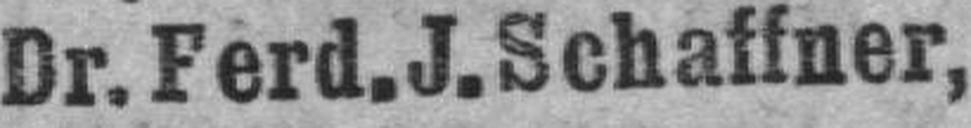
Dr. Ferd. J. Schaffner,